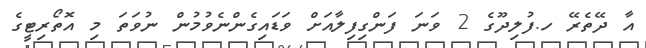
އާ ދޭތެރޭ ހ.ފުލިދޫގެ 2 ވަނަ ފަންގިފިލާއަށް ވަޑައިގެންނެވުމުން ނުވަތަ މި އޮތޯރިޓީގެ